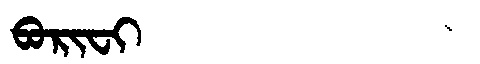
Manchu: ᠪᠣᡵᡳᠸᡳ
Romanization: BORIFI